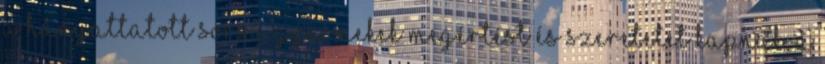
a hányattatott sorsú gyermekek megértést és szeretetet kapnak, a